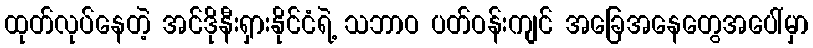
ထုတ်လုပ်နေတဲ့ အင်ဒိုနီးရှားနိုင်ငံရဲ့ သဘာဝ ပတ်ဝန်းကျင် အခြေအနေတွေအပေါ်မှာ